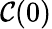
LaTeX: \mathcal{C}(0)